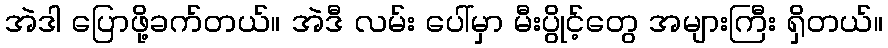
အဲဒါ ပြောဖို့ခက်တယ်။ အဲဒီ လမ်း ပေါ်မှာ မီးပွိုင့်တွေ အများကြီး ရှိတယ်။